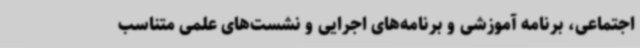
اجتماعی، برنامه آموزشی و برنامه‌های اجرایی و نشست‌های علمی متناسب